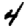
Digit: 4